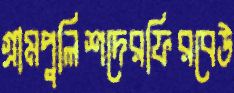
গ্রামপুলিশদেরফিরবেউ